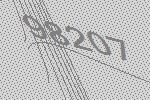
98207